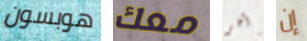
هوبسون معك آخر إن